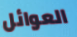
العوائل